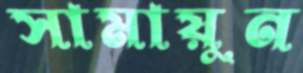
সামায়ুন